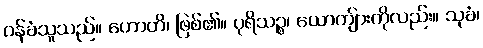
ဝန်ခံသူသည်။ ဟောတိ၊ ဖြစ်၏။ ပုရိသဉ္စ၊ ယောကျ်ားကိုလည်း။ သုခံ၊